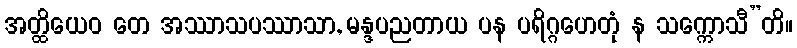
အတ္ထိယေဝ တေ အဿာသပဿာသာ, မန္ဒပညတာယ ပန ပရိဂ္ဂဟေတုံ န သက္ကောသီ”တိ။